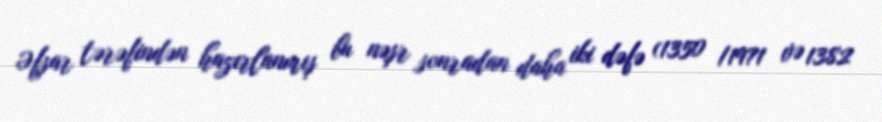
Əfşar tərəfindən hazırlanmış bu nəşr sonradan daha iki dəfə (1350 /1971 və 1382